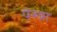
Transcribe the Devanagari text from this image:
पेरुन्ना